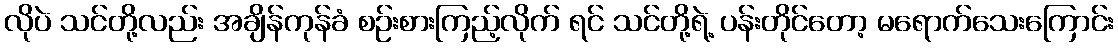
လိုပဲ သင်တို့လည်း အချိန်ကုန်ခံ စဉ်းစားကြည့်လိုက် ရင် သင်တို့ရဲ့ ပန်းတိုင်တော့ မရောက်သေးကြောင်း